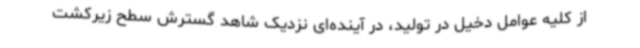
از کلیه عوامل دخیل در تولید، در آینده‌ای نزدیک شاهد گسترش سطح زیرکشت